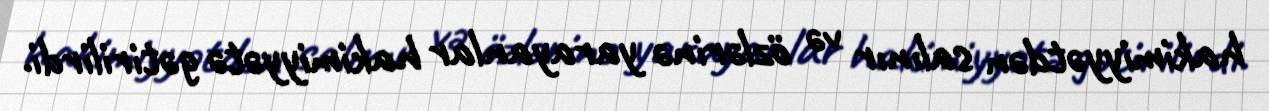
hakimiyyətdən salınır və özlərinə yarayanlar hakimiyyətə gətirilirdi.